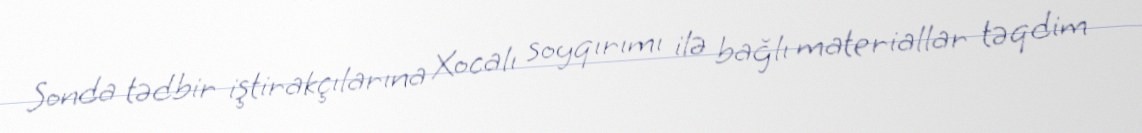
Sonda tədbir iştirakçılarına Xocalı soyqırımı ilə bağlı materiallar təqdim